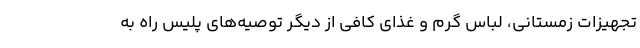
تجهیزات زمستانی، لباس گرم و غذای کافی از دیگر توصیه‌های پلیس راه به